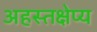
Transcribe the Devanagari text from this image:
अहस्तक्षेप्य